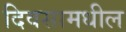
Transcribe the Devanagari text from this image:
दिवसामधील